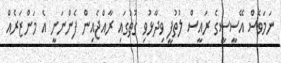
ނަމަވެސް އޭސީސީގެ ރައީސް ލުތުފީ ވިދާޅުވި ގޮތުގައި ރާއްޖެއިން ފެންނަނީ އެ މަންޒަރެއް